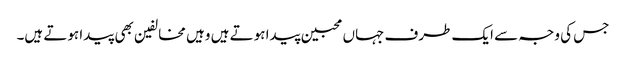
جس کی وجہ سے ایک طرف جہاں محبین پیدا ہوتے ہیں وہیں مخالفین بھی پیدا ہوتے ہیں۔